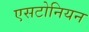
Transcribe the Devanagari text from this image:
एसटोनियन